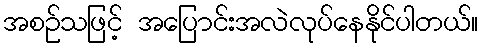
အစဉ်သဖြင့် အပြောင်းအလဲလုပ်နေနိုင်ပါတယ်။